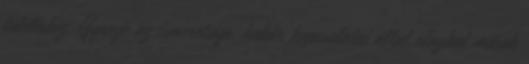
túléléshez. Gyenge az ismeretsége, habár kapcsolatai által utazhat mások